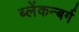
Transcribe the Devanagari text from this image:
ब्लेंकन्बर्ग